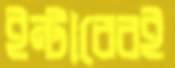
ইন্টারেরই